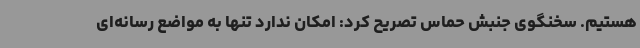
هستیم. سخنگوی جنبش حماس تصریح کرد: امکان ندارد تنها به مواضع رسانه‌ای